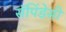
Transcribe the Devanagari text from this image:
सॅपिंडेसी